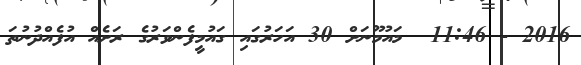
2016 - 11:46  މައުމޫނަށް 30 އަހަރުގައި ގައުމީފެންވަރުގެ ރަށެއް އުފެއްދުނުތަ